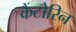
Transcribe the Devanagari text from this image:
कैंटोरिन